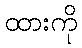
ထားကို